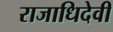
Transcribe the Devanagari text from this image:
राजाधिदेवी